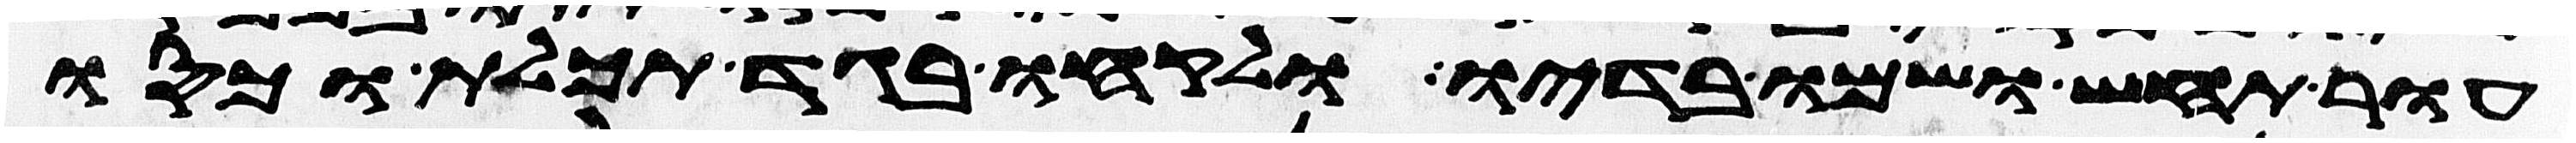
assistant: עור תחש ושמו בדיו ולקחו בגד תכלת וכסו